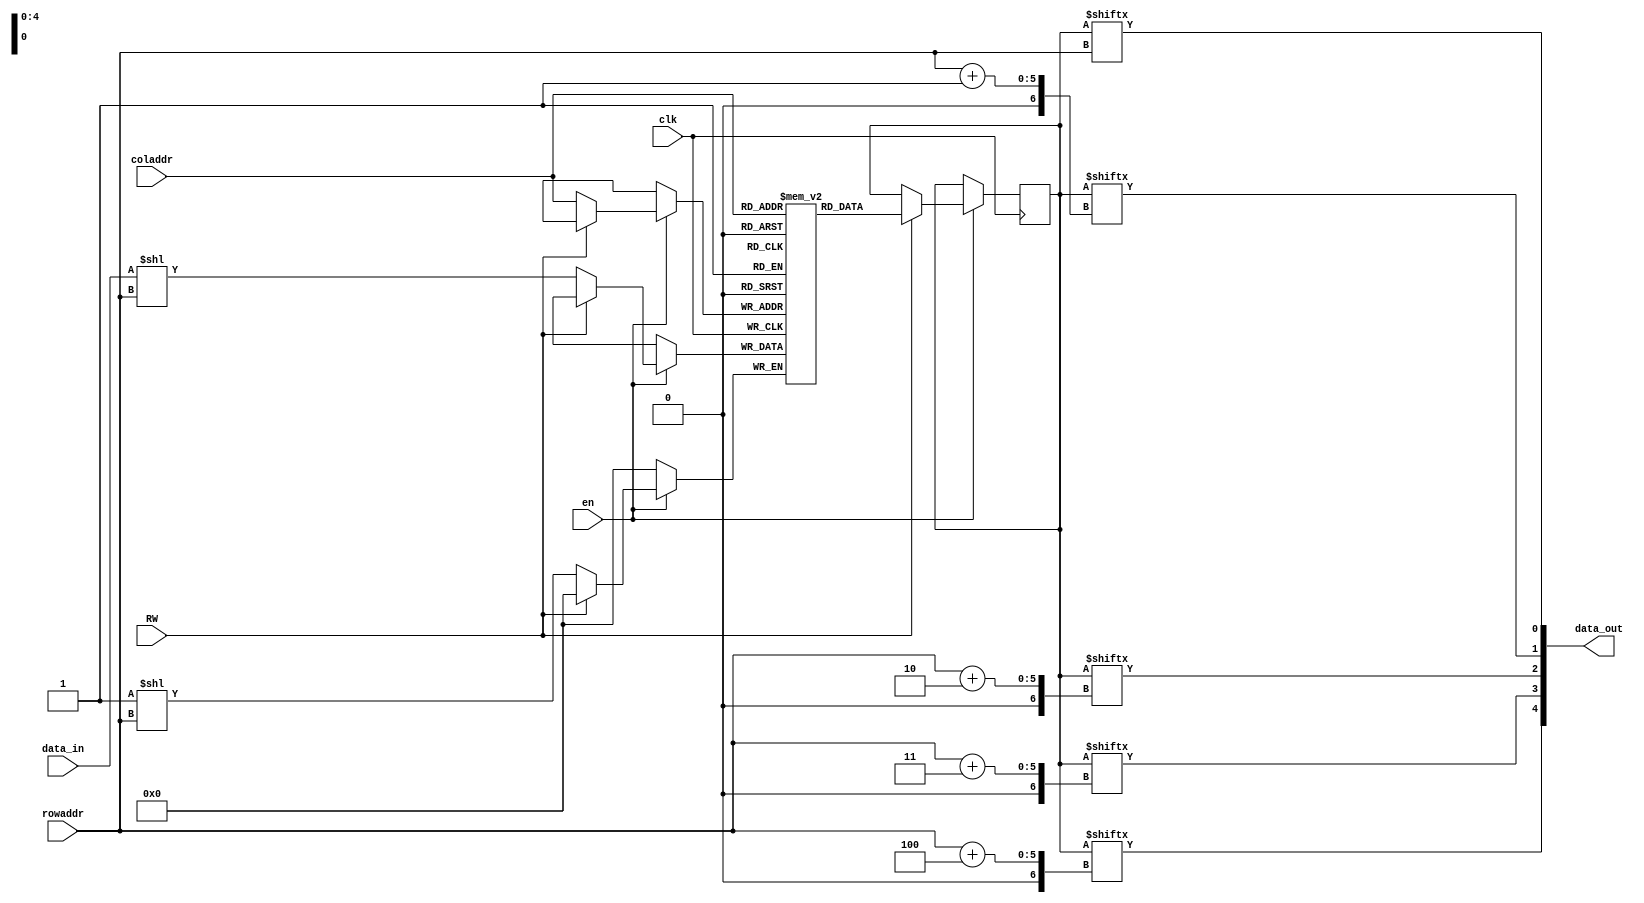
module graph_mem
(   
    input en,
	input clk,
	input RW,
	input data_in,
	input [4:0] coladdr,
	input [4:0] rowaddr,
	output [4:0] data_out 
);
reg [31:0] mem [31:0];
initial begin
    mem [0] = 32'b00100110001001100001011101001101;
    mem [1] = 32'b00101001010101001000100110101110;
    mem [2] = 32'b00010010100001001100101101010000;
    mem [3] = 32'b10000001110010001001100000000000;
    mem [4] = 32'b10010100010100011010100000110010;
    mem [5] = 32'b01010000010000010010010100000001;
    mem [6] = 32'b10011000000100100000000001100010;
    mem [7] = 32'b00000001000100011100001110000000;
    mem [8] = 32'b00010000100000000110000100111100;
    mem [9] = 32'b00000000000000100000010011000010;
    mem [10] = 32'b11101000001000001000000000001110;
    mem [11] = 32'b01100000110000101110101011000000;
    mem [12] = 32'b00000110010011010110000100100000;
    mem [13] = 32'b00001100000111010010001000111101;
    mem [14] = 32'b01110000000100000011010011010010;
    mem [15] = 32'b10001010010000111100010010001110;
    mem [16] = 32'b10001001010010111001100001001110;
    mem [17] = 32'b00010011101010010100100010101001;
    mem [18] = 32'b00000110000100100100100101101001;
    mem [19] = 32'b00100011010100100101010101110101;
    mem [20] = 32'b11000001001010001110100100000000;
    mem [21] = 32'b10000000000100010010000010100010;
    mem [22] = 32'b00100011001000000100100100010001;
    mem [23] = 32'b10000100000100001100010001110000;
    mem [24] = 32'b00101000000110000010000111000000;
    mem [25] = 32'b00000000101000001110100010011000;
    mem [26] = 32'b00111011100100001000000001001010;
    mem [27] = 32'b01010000010000101001101000100000;
    mem [28] = 32'b01001011111001000001111000100001;
    mem [29] = 32'b00000110001000000111100010001000;
    mem [30] = 32'b00010010100100100001000001010001;
    mem [31] = 32'b00110000010110001110000000111110;
end
reg [31:0] out_temp ;
always @ (posedge clk)begin
    if(en) begin
        if(RW) begin
        out_temp <= mem[coladdr];
        end
        else begin
           mem[coladdr][rowaddr] <= data_in;
        end
    end
    
	//data_out <= {out_temp[rowaddr+4],out_temp[rowaddr+3],out_temp[rowaddr+2],out_temp[rowaddr+1],out_temp[rowaddr]};
end
assign data_out = {out_temp[rowaddr+4],out_temp[rowaddr+3],out_temp[rowaddr+2],out_temp[rowaddr+1],out_temp[rowaddr]};
endmodule